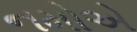
નમોએ